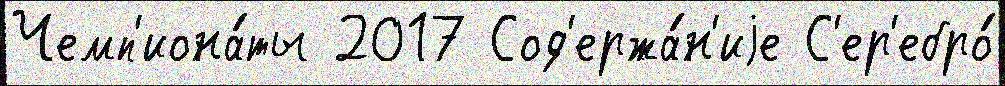
Чемп'иона́ты 2017 Сод'ержа́н'иjе С'ер'ебро́